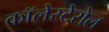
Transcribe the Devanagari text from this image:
कॉलेस्टेरोल